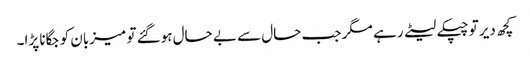
کچھ دیر تو چپکے لیٹے رہے مگر جب حال سے بے حال ہوگئے تو میزبان کو جگانا پڑا۔